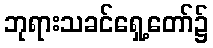
ဘုရားသခင်ရှေ့တော်၌